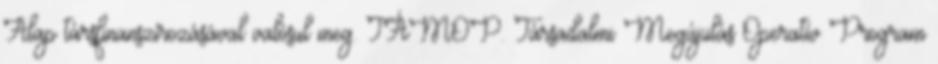
Alap társfinanszírozásával valósul meg. TÁMOP. Társadalmi Megújulás Operatív Program